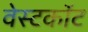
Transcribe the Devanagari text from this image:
वेस्टकॉट